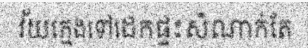
វ័យក្មេងទៅដេកផ្ទះសំណាក់តែ